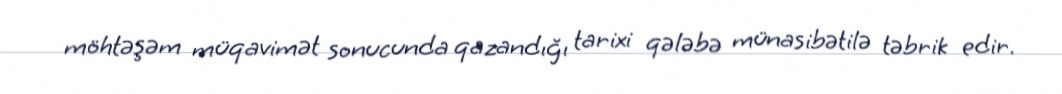
möhtəşəm müqavimət sonucunda qazandığı tarixi qələbə münasibətilə təbrik edir.